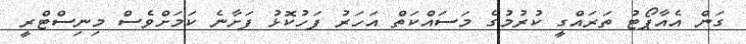
ގަން އެއާޕޯޓު ތަރައްގީ ކުރުމުގެ މަސައްކަތް އަހަރު ފަހުކޮޅު ފަށާނެ ކަމަށްވެސް މިނިސްޓްރީ